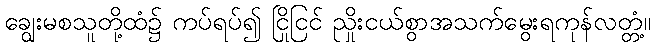
ချွေးမစသူတို့ထံ၌ ကပ်ရပ်၍ ငြိုငြင် ညှိုးငယ်စွာအသက်မွေးရကုန်လတ္တံ့။